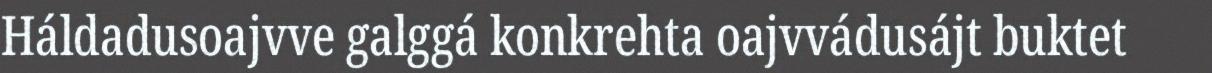
Háldadusoajvve galggá konkrehta oajvvádusájt buktet